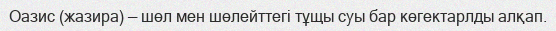
Оазис (жазира) — шөл мен шөлейттегі тұщы суы бар көгектарлды алқап.